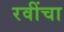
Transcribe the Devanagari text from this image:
रवींचा